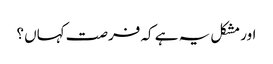
اور مشکل یہ ہے کہ فرصت کہاں ؟